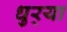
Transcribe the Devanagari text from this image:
धुर्‍या